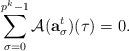
LaTeX: \begin{align*}\sum_{\sigma=0}^{p^k-1} \mathcal{A}(\mathbf{a}_\sigma^t)(\tau)=0.\end{align*}